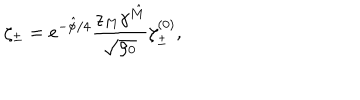
{ \zeta _ { \pm } = e ^ { - \hat { \phi } / 4 } { \frac { z _ { M } \gamma ^ { \hat { M } } } { \sqrt { \rho _ { 0 } } } } \zeta _ { \pm } ^ { ( 0 ) } , }